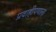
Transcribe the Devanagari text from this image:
प्रवाहीपणाला